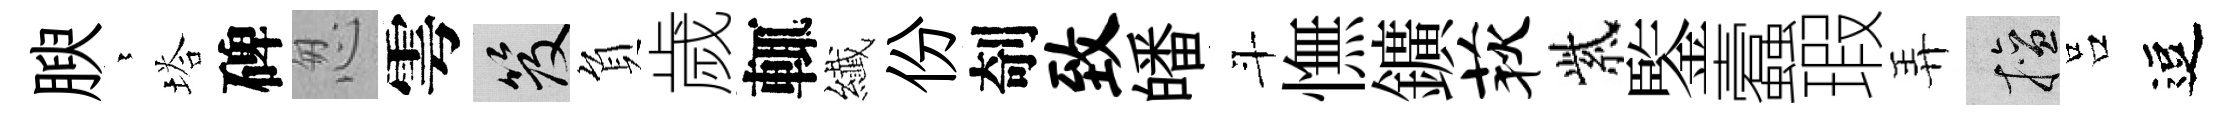
腴依塔碑怱雩笈負歲輒纎份剞致皤斗憮鑛荻紫鍳蠧瑕弄擅吕逗